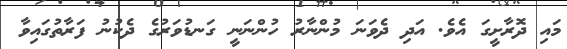
މައި ދޮރާށީގަ އެވެ. އަދި ދެވަނަ މުންނާރު ހުންނަނީ ގަނޑުވަރުގެ ދެކުނު ފަރާތުގައިވާ